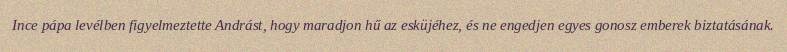
Ince pápa levélben figyelmeztette Andrást, hogy maradjon hű az esküjéhez, és ne engedjen egyes gonosz emberek biztatásának.